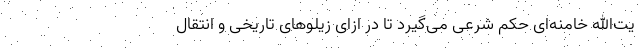
یت‌الله خامنه‌ای حکم شرعی می‌گیرد تا در ازای زیلوهای تاریخی و انتقال